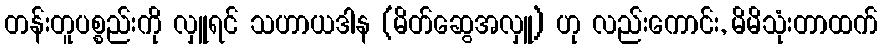
တန်းတူပစ္စည်းကို လှူရင် သဟာယဒါန (မိတ်ဆွေအလှူ) ဟု လည်းကောင်း, မိမိသုံးတာထက်